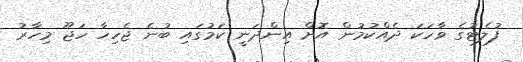
ފުލެޓުގެ ވާހަކަ ދެއްކުމުން އޮށް އިންދަނީ ކަމުގައި ބުނެ ޖެހިހާ ހަޖޫ މިހާރު